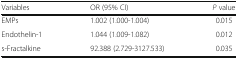
<table><thead><tr><td><b>Variables</b></td><td><b>OR (95% CI)</b></td><td><b><i>P</i> value</b></td></tr></thead><tbody><tr><td>EMPs</td><td>1.002 (1.000-1.004)</td><td>0.015</td></tr><tr><td>Endothelin-1</td><td>1.044 (1.009-1.082)</td><td>0.012</td></tr><tr><td>s-Fractalkine</td><td>92.388 (2.729-3127.533)</td><td>0.035</td></tr></tbody></table>